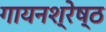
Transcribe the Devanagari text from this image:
गायनश्रेष्ठ